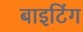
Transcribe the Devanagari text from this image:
बाइटिंग